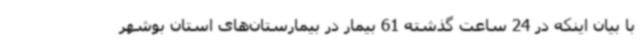
با بیان اینکه در 24 ساعت گذشته 61 بیمار در بیمارستان‌های استان بوشهر